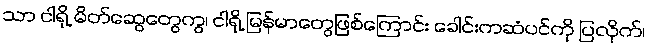
သာ ငါရို့ မိတ်ဆွေတွေကွ၊ ငါရို့ မြန်မာတွေဖြစ်ကြောင်း ခေါင်းကဆံပင်ကို ပြလိုက်၊